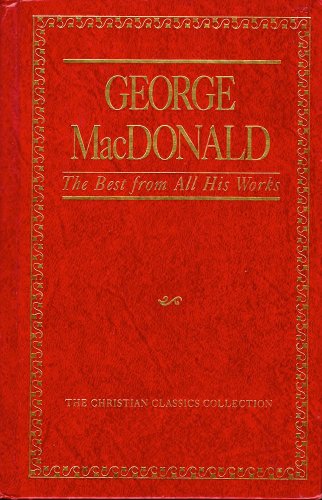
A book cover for George Macdonald, the Best from All His Works (The Christian Classics Collection ; Vol. 1); George MacDonald; Christian Books & Bibles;